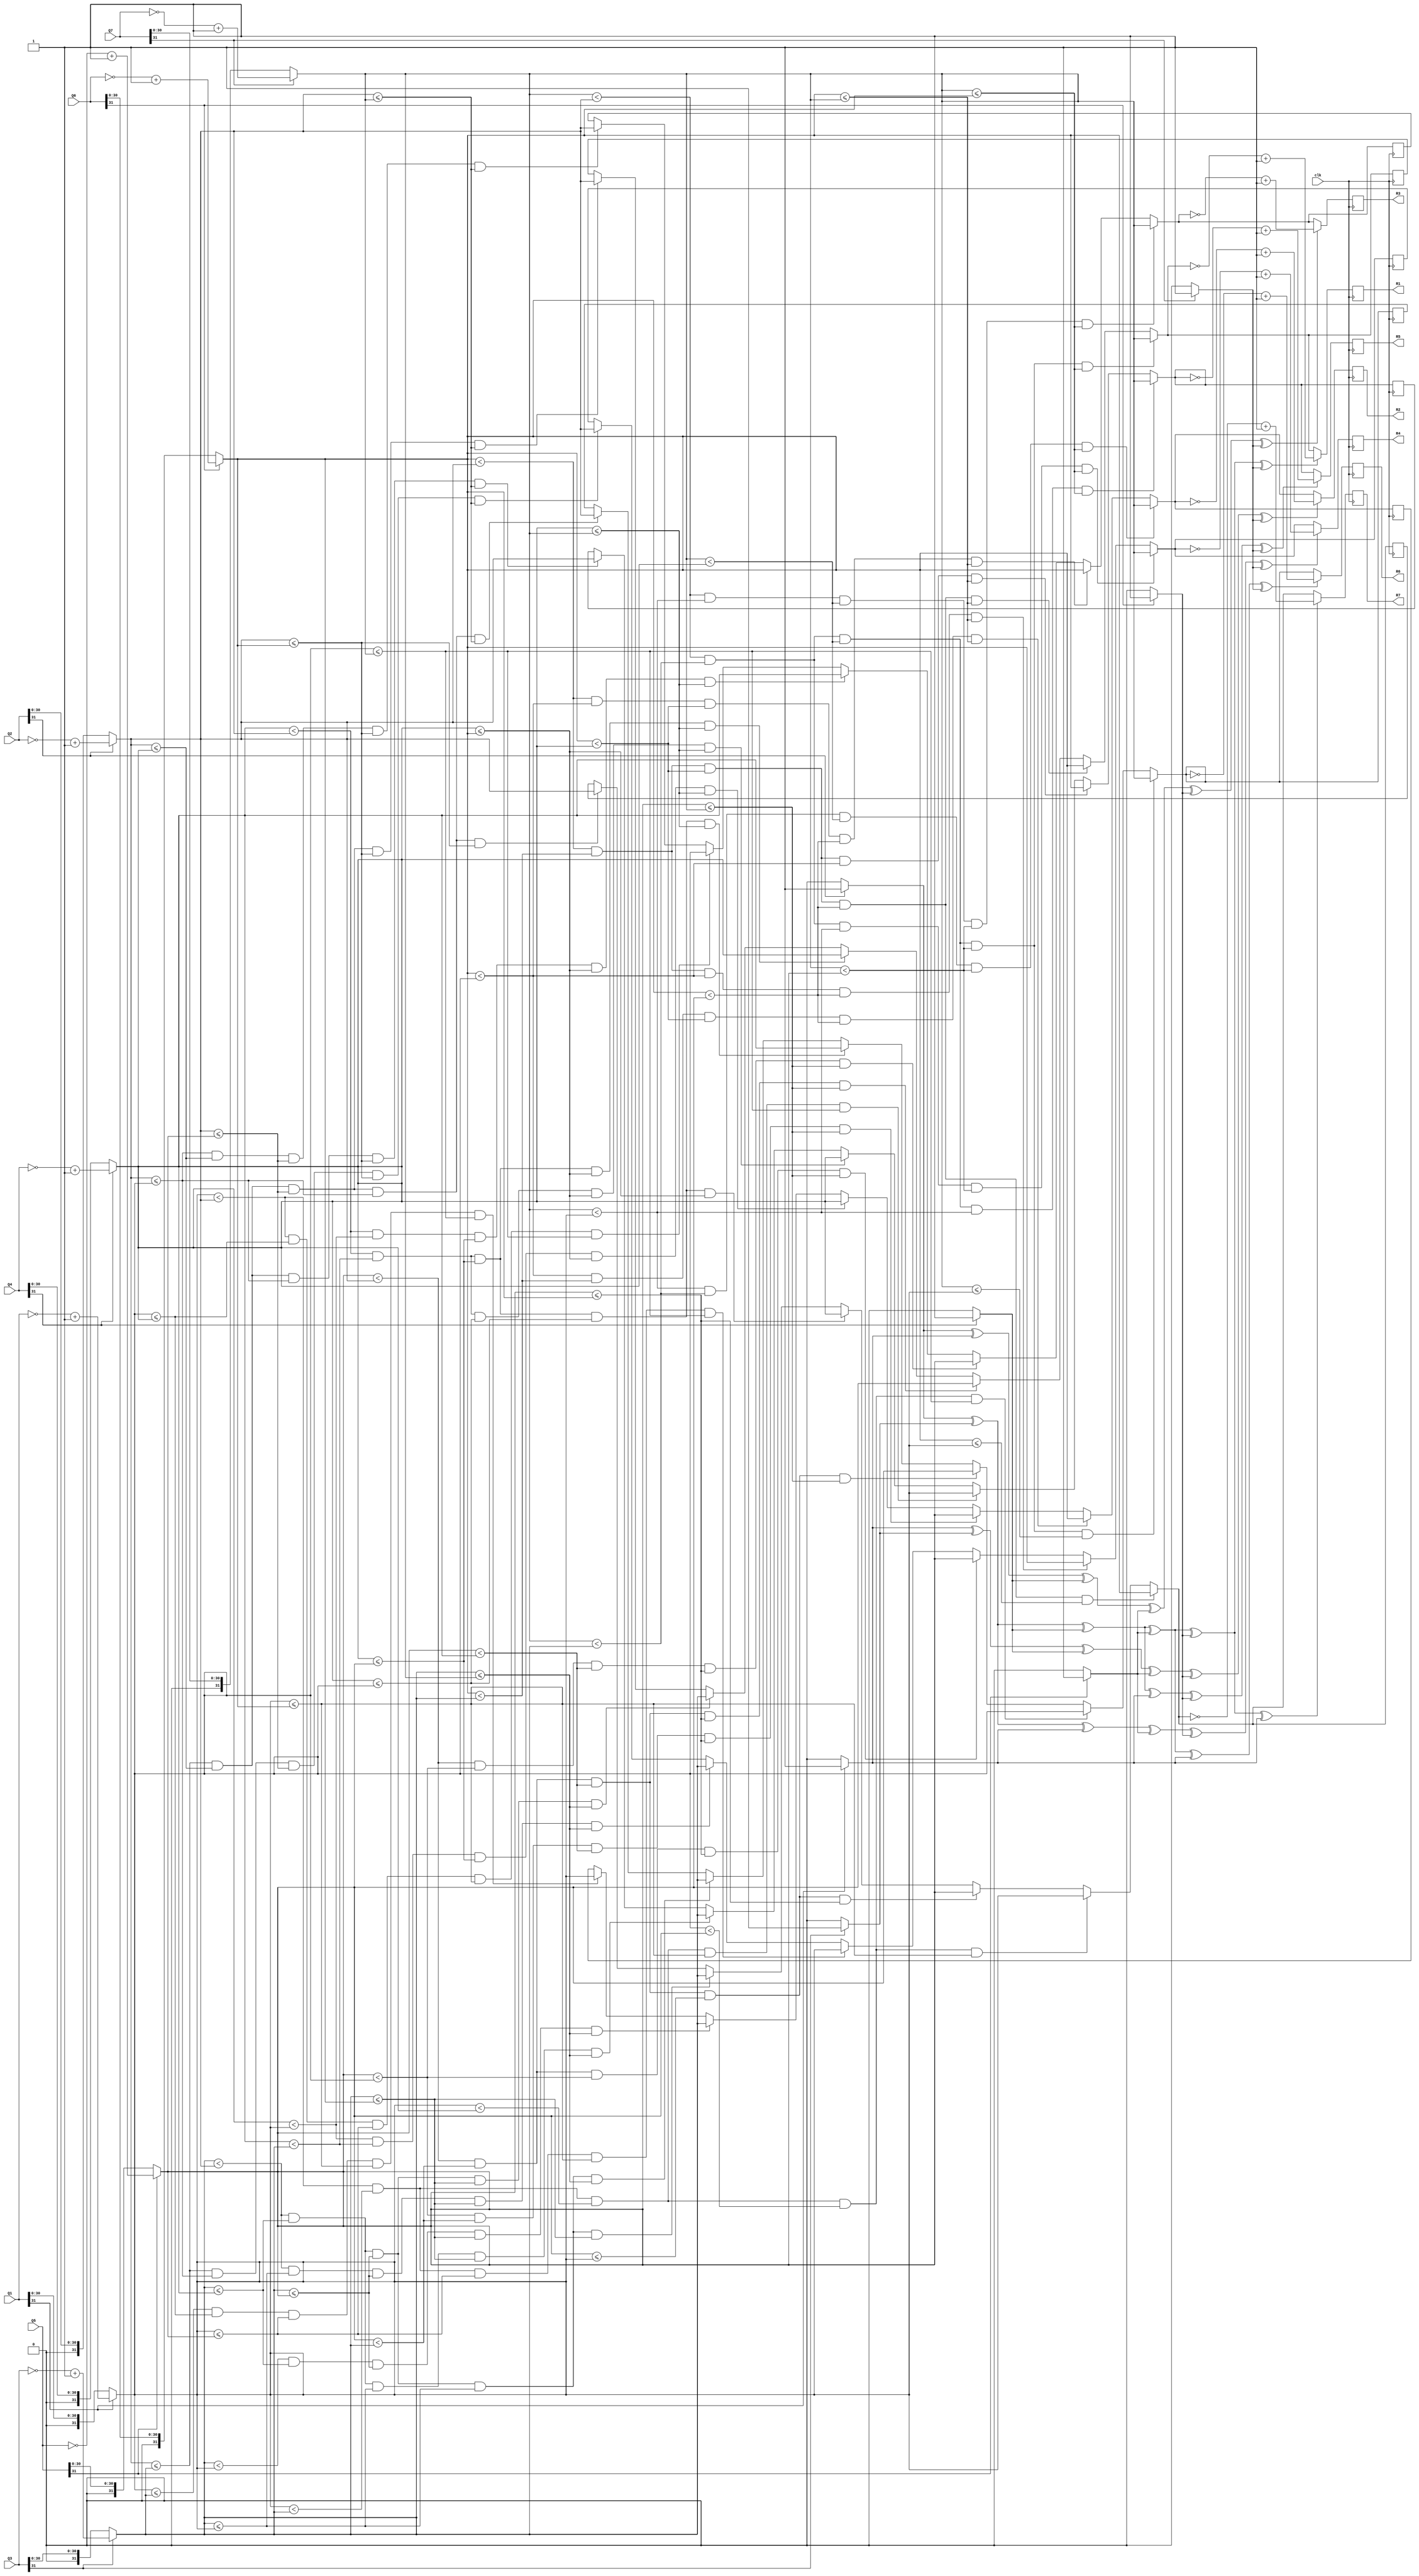
module CNU_7(
output reg signed [31:0] R1,
output reg signed [31:0] R2,
output reg signed [31:0] R3,
output reg signed [31:0] R4,
output reg signed [31:0] R5,
output reg signed [31:0] R6,
output reg signed [31:0] R7,
input signed [31:0] Q1,
input signed [31:0] Q2,
input signed [31:0] Q3,
input signed [31:0] Q4,
input signed [31:0] Q5,
input signed [31:0] Q6,
input signed [31:0] Q7,
input clk);

reg signed [31:0] min_sum_1;
reg signed [31:0] min_sum_2;
reg signed [31:0] min_sum_3;
reg signed [31:0] min_sum_4;
reg signed [31:0] min_sum_5;
reg signed [31:0] min_sum_6;
reg signed [31:0] min_sum_7;
wire [6:0] Q_signs;
wire final_sign_1;
wire final_sign_2;
wire final_sign_3;
wire final_sign_4;
wire final_sign_5;
wire final_sign_6;
wire final_sign_7;
wire [31:0] Q1_abs;
wire [31:0] Q2_abs;
wire [31:0] Q3_abs;
wire [31:0] Q4_abs;
wire [31:0] Q5_abs;
wire [31:0] Q6_abs;
wire [31:0] Q7_abs;

assign Q1_abs = (Q1[31]==1) ? ~Q1+1'b1 : Q1;
assign Q2_abs = (Q2[31]==1) ? ~Q2+1'b1 : Q2;
assign Q3_abs = (Q3[31]==1) ? ~Q3+1'b1 : Q3;
assign Q4_abs = (Q4[31]==1) ? ~Q4+1'b1 : Q4;
assign Q5_abs = (Q5[31]==1) ? ~Q5+1'b1 : Q5;
assign Q6_abs = (Q6[31]==1) ? ~Q6+1'b1 : Q6;
assign Q7_abs = (Q7[31]==1) ? ~Q7+1'b1 : Q7;


assign Q_signs[0] = (Q1[31]==1) ? 1'b1 : 1'b0;
assign Q_signs[1] = (Q2[31]==1) ? 1'b1 : 1'b0;
assign Q_signs[2] = (Q3[31]==1) ? 1'b1 : 1'b0;
assign Q_signs[3] = (Q4[31]==1) ? 1'b1 : 1'b0;
assign Q_signs[4] = (Q5[31]==1) ? 1'b1 : 1'b0;
assign Q_signs[5] = (Q6[31]==1) ? 1'b1 : 1'b0;
assign Q_signs[6] = (Q7[31]==1) ? 1'b1 : 1'b0;

assign final_sign_1 = Q_signs[1]^Q_signs[2]^Q_signs[3]^Q_signs[4]^Q_signs[5]^Q_signs[6];
assign final_sign_2 = Q_signs[0]^Q_signs[2]^Q_signs[3]^Q_signs[4]^Q_signs[5]^Q_signs[6];
assign final_sign_3 = Q_signs[1]^Q_signs[0]^Q_signs[3]^Q_signs[4]^Q_signs[5]^Q_signs[6];
assign final_sign_4 = Q_signs[1]^Q_signs[2]^Q_signs[0]^Q_signs[4]^Q_signs[5]^Q_signs[6];
assign final_sign_5 = Q_signs[1]^Q_signs[2]^Q_signs[3]^Q_signs[0]^Q_signs[5]^Q_signs[6];
assign final_sign_6 = Q_signs[1]^Q_signs[2]^Q_signs[3]^Q_signs[4]^Q_signs[0]^Q_signs[6];
assign final_sign_7 = Q_signs[1]^Q_signs[2]^Q_signs[3]^Q_signs[4]^Q_signs[5]^Q_signs[0];


always@(negedge clk)
begin

if (Q2_abs<=Q3_abs && Q2_abs<=Q4_abs && Q2_abs<=Q5_abs && Q2_abs<=Q6_abs && Q2_abs<=Q7_abs) begin min_sum_1 = Q2_abs;  end 
if (Q3_abs<Q2_abs  && Q3_abs<=Q4_abs && Q3_abs<=Q5_abs && Q3_abs<=Q6_abs && Q3_abs<=Q7_abs) begin min_sum_1 = Q3_abs;  end 
if (Q4_abs<Q2_abs  && Q4_abs<Q3_abs && Q4_abs<=Q5_abs && Q4_abs<=Q6_abs && Q4_abs<=Q7_abs)  begin min_sum_1 = Q4_abs;  end
if (Q5_abs<Q2_abs  && Q5_abs<Q3_abs && Q5_abs<Q4_abs && Q5_abs<=Q6_abs && Q5_abs<=Q7_abs)   begin min_sum_1 = Q5_abs;  end 
if (Q6_abs<Q2_abs  && Q6_abs<Q3_abs && Q6_abs<Q4_abs && Q6_abs<Q5_abs  && Q6_abs<=Q7_abs)   begin min_sum_1 = Q6_abs;  end 
if (Q7_abs<Q2_abs  && Q7_abs<Q3_abs && Q7_abs<Q4_abs && Q7_abs<Q5_abs  && Q7_abs<=Q6_abs)   begin min_sum_1 = Q7_abs;  end 

if (Q1_abs<=Q3_abs && Q1_abs<=Q4_abs && Q1_abs<=Q5_abs && Q1_abs<=Q6_abs && Q1_abs<=Q7_abs) begin min_sum_2 = Q1_abs;  end 
if (Q3_abs<Q1_abs  && Q3_abs<=Q4_abs && Q3_abs<=Q5_abs && Q3_abs<=Q6_abs && Q3_abs<=Q7_abs) begin min_sum_2 = Q3_abs;  end 
if (Q4_abs<Q1_abs  && Q4_abs<Q3_abs && Q4_abs<=Q5_abs && Q4_abs<=Q6_abs && Q4_abs<=Q7_abs)  begin min_sum_2 = Q4_abs;  end
if (Q5_abs<Q1_abs  && Q5_abs<Q3_abs && Q5_abs<Q4_abs && Q5_abs<=Q6_abs && Q5_abs<=Q7_abs)   begin min_sum_2 = Q5_abs;  end 
if (Q6_abs<Q1_abs  && Q6_abs<Q3_abs && Q6_abs<Q4_abs && Q6_abs<Q5_abs  && Q6_abs<=Q7_abs)   begin min_sum_2 = Q6_abs;  end 
if (Q7_abs<Q1_abs  && Q7_abs<Q3_abs && Q7_abs<Q4_abs && Q7_abs<Q5_abs  && Q7_abs<=Q6_abs)   begin min_sum_2 = Q7_abs;  end 

if (Q2_abs<=Q1_abs && Q2_abs<=Q4_abs && Q2_abs<=Q5_abs && Q2_abs<=Q6_abs && Q2_abs<=Q7_abs) begin min_sum_3 = Q2_abs;  end 
if (Q1_abs<Q2_abs  && Q1_abs<=Q4_abs && Q1_abs<=Q5_abs && Q1_abs<=Q6_abs && Q1_abs<=Q7_abs) begin min_sum_3 = Q1_abs;  end 
if (Q4_abs<Q2_abs  && Q4_abs<Q1_abs && Q4_abs<=Q5_abs && Q4_abs<=Q6_abs && Q4_abs<=Q7_abs)  begin min_sum_3 = Q4_abs;  end
if (Q5_abs<Q2_abs  && Q5_abs<Q1_abs && Q5_abs<Q4_abs && Q5_abs<=Q6_abs && Q5_abs<=Q7_abs)   begin min_sum_3 = Q5_abs;  end 
if (Q6_abs<Q2_abs  && Q6_abs<Q1_abs && Q6_abs<Q4_abs && Q6_abs<Q5_abs  && Q6_abs<=Q7_abs)   begin min_sum_3 = Q6_abs;  end 
if (Q7_abs<Q2_abs  && Q7_abs<Q1_abs && Q7_abs<Q4_abs && Q7_abs<Q5_abs  && Q7_abs<=Q6_abs)   begin min_sum_3 = Q7_abs;  end 

if (Q2_abs<=Q3_abs && Q2_abs<=Q1_abs && Q2_abs<=Q5_abs && Q2_abs<=Q6_abs && Q2_abs<=Q7_abs) begin min_sum_4 = Q2_abs;  end 
if (Q3_abs<Q2_abs  && Q3_abs<=Q1_abs && Q3_abs<=Q5_abs && Q3_abs<=Q6_abs && Q3_abs<=Q7_abs) begin min_sum_4 = Q3_abs;  end 
if (Q1_abs<Q2_abs  && Q1_abs<Q3_abs && Q1_abs<=Q5_abs && Q1_abs<=Q6_abs && Q1_abs<=Q7_abs)  begin min_sum_4 = Q1_abs;  end
if (Q5_abs<Q2_abs  && Q5_abs<Q3_abs && Q5_abs<Q1_abs && Q5_abs<=Q6_abs && Q5_abs<=Q7_abs)   begin min_sum_4 = Q5_abs;  end 
if (Q6_abs<Q2_abs  && Q6_abs<Q3_abs && Q6_abs<Q1_abs && Q6_abs<Q5_abs && Q6_abs<=Q7_abs )   begin min_sum_4 = Q6_abs;  end 
if (Q7_abs<Q2_abs  && Q7_abs<Q3_abs && Q7_abs<Q1_abs && Q7_abs<Q5_abs  && Q7_abs<=Q6_abs)   begin min_sum_4 = Q7_abs;  end 

if (Q2_abs<=Q3_abs && Q2_abs<=Q4_abs && Q2_abs<=Q1_abs && Q2_abs<=Q6_abs && Q2_abs<=Q7_abs) begin min_sum_5 = Q2_abs;  end 
if (Q3_abs<Q2_abs  && Q3_abs<=Q4_abs && Q3_abs<=Q1_abs && Q3_abs<=Q6_abs && Q3_abs<=Q7_abs) begin min_sum_5 = Q3_abs;  end 
if (Q4_abs<Q2_abs  && Q4_abs<Q3_abs && Q4_abs<=Q1_abs && Q4_abs<=Q6_abs && Q4_abs<=Q7_abs)  begin min_sum_5 = Q4_abs;  end
if (Q1_abs<Q2_abs  && Q1_abs<Q3_abs && Q1_abs<Q4_abs && Q1_abs<=Q6_abs && Q1_abs<=Q7_abs)   begin min_sum_5 = Q1_abs;  end 
if (Q6_abs<Q2_abs  && Q6_abs<Q3_abs && Q6_abs<Q4_abs && Q6_abs<Q1_abs  && Q6_abs<=Q7_abs)   begin min_sum_5 = Q6_abs;  end 
if (Q7_abs<Q2_abs  && Q7_abs<Q3_abs && Q7_abs<Q4_abs && Q7_abs<Q1_abs  && Q7_abs<=Q6_abs)   begin min_sum_5 = Q7_abs;  end 

if (Q2_abs<=Q3_abs && Q2_abs<=Q4_abs && Q2_abs<=Q5_abs && Q2_abs<=Q1_abs && Q2_abs<=Q7_abs) begin min_sum_6 = Q2_abs;  end 
if (Q3_abs<Q2_abs  && Q3_abs<=Q4_abs && Q3_abs<=Q5_abs && Q3_abs<=Q1_abs && Q3_abs<=Q7_abs) begin min_sum_6 = Q3_abs;  end 
if (Q4_abs<Q2_abs  && Q4_abs<Q3_abs && Q4_abs<=Q5_abs && Q4_abs<=Q1_abs && Q4_abs<=Q7_abs)  begin min_sum_6 = Q4_abs;  end
if (Q5_abs<Q2_abs  && Q5_abs<Q3_abs && Q5_abs<Q4_abs && Q5_abs<=Q1_abs && Q5_abs<=Q7_abs)   begin min_sum_6 = Q5_abs;  end 
if (Q1_abs<Q2_abs  && Q1_abs<Q3_abs && Q1_abs<Q4_abs && Q1_abs<Q5_abs  && Q1_abs<=Q7_abs)   begin min_sum_6 = Q1_abs;  end 
if (Q7_abs<Q2_abs  && Q7_abs<Q3_abs && Q7_abs<Q4_abs && Q7_abs<Q5_abs  && Q7_abs<=Q1_abs)   begin min_sum_6 = Q7_abs;  end 

if (Q2_abs<=Q3_abs && Q2_abs<=Q4_abs && Q2_abs<=Q5_abs && Q2_abs<=Q1_abs && Q2_abs<=Q6_abs) begin min_sum_7 = Q2_abs;  end 
if (Q3_abs<Q2_abs  && Q3_abs<=Q4_abs && Q3_abs<=Q5_abs && Q3_abs<=Q1_abs && Q3_abs<=Q6_abs) begin min_sum_7 = Q3_abs;  end 
if (Q4_abs<Q2_abs  && Q4_abs<Q3_abs && Q4_abs<=Q5_abs && Q4_abs<=Q1_abs && Q4_abs<=Q6_abs)  begin min_sum_7 = Q4_abs;  end
if (Q5_abs<Q2_abs  && Q5_abs<Q3_abs && Q5_abs<Q4_abs && Q5_abs<=Q1_abs && Q5_abs<=Q6_abs)   begin min_sum_7 = Q5_abs;  end 
if (Q1_abs<Q2_abs  && Q1_abs<Q3_abs && Q1_abs<Q4_abs && Q1_abs<Q5_abs  && Q1_abs<=Q6_abs)   begin min_sum_7 = Q1_abs;  end 
if (Q6_abs<Q2_abs  && Q6_abs<Q3_abs && Q6_abs<Q4_abs && Q6_abs<Q5_abs  && Q6_abs<=Q1_abs)   begin min_sum_7 = Q6_abs;  end 

R1 = final_sign_1 ? ~min_sum_1 + 1'b1 : min_sum_1;
R2 = final_sign_2 ? ~min_sum_2 + 1'b1 : min_sum_2;
R3 = final_sign_3 ? ~min_sum_3 + 1'b1 : min_sum_3;
R4 = final_sign_4 ? ~min_sum_4 + 1'b1 : min_sum_4;
R5 = final_sign_5 ? ~min_sum_5 + 1'b1 : min_sum_5;
R6 = final_sign_6 ? ~min_sum_6 + 1'b1 : min_sum_6;
R7 = final_sign_7 ? ~min_sum_7 + 1'b1 : min_sum_7;

end

endmodule